Indian Civil Veterinary Department memoirs
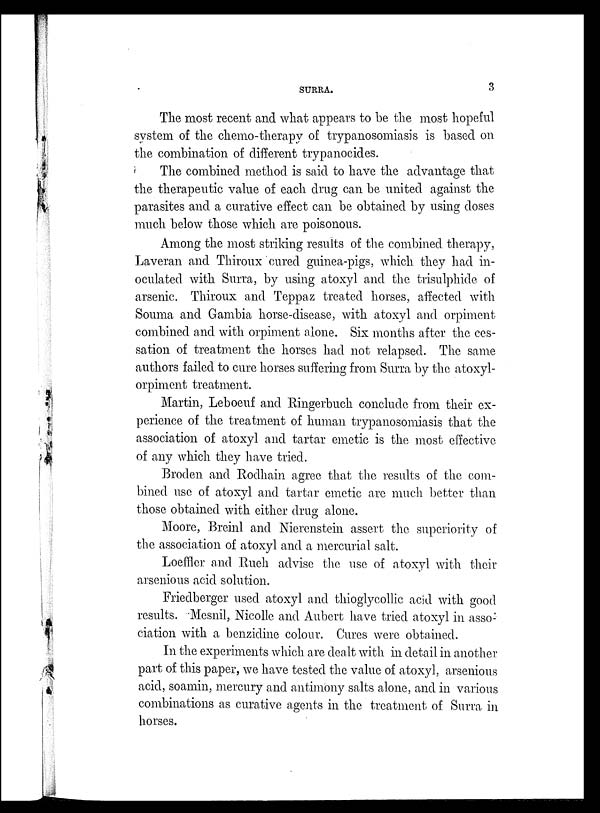
SURRA.
3
The most recent and what appears to be the most hopeful
system of the chemo-therapy of trypanosomiasis is based on
the combination of different trypanocides.
The combined method is said to have the advantage that
the therapeutic value of each drug can be united against the
parasites and a curative effect can be obtained by using doses
much below those which are poisonous.
Among the most striking results of the combined therapy,
Laveran and Thiroux cured guinea-pigs, which they had in-
oculated with Surra, by using atoxyl and the trisulphide of
arsenic. Thiroux and Teppaz treated horses, affected with
Souma and Gambia horse-disease, with atoxyl and orpiment
combined and with orpiment alone. Six months after the ces-
sation of treatment the horses had not relapsed. The same
authors failed to cure horses suffering from Surra by the atoxyl-
orpiment treatment.
Martin, Leboeuf and Ringerbuch conclude from their ex-
perience of the treatment of human trypanosomiasis that the
association of atoxyl and tartar emetic is the most effective
of any which they have tried.
Broden and Rodhain agree that the results of the com-
bined use of atoxyl and tartar emetic are much better than
those obtained with either drug alone.
Moore, Breinl and Nierenstein assert the superiority of
the association of atoxyl and a mercurial salt.
Loeffler and Rueh advise the use of atoxyl with their
arsenious acid solution.
Friedberger used atoxyl and thioglycollic acid with good
results. Mesnil, Nicolle and Aubert have tried atoxyl in asso-
ciation with a benzidine colour. Cures were obtained.
In the experiments which are dealt with in detail in another
part of this paper, we have tested the value of atoxyl, arsenious
acid, soamin, mercury and antimony salts alone, and in various
combinations as curative agents in the treatment of Surra in
horses.